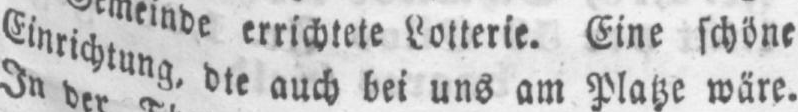
Einrichtung, dte auch bei uns am Platze wäre.